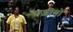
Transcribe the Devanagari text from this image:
गाड़ीयों